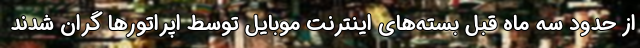
از حدود سه ماه قبل بسته‌های اینترنت موبایل توسط اپراتورها گران شدند